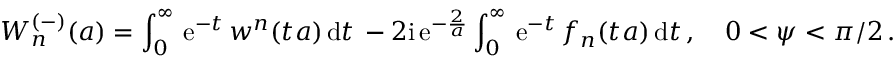
W _ { n } ^ { ( - ) } ( a ) = \int _ { 0 } ^ { \infty } \, \mathrm { e } ^ { - t } \, w ^ { n } ( t a ) \, \mathrm { d } t \, - { 2 \mathrm { i } } \, \mathrm { e } ^ { - { \frac { 2 } { a } } } \int _ { 0 } ^ { \infty } \, \mathrm { e } ^ { - t } \, f _ { n } ( t a ) \, \mathrm { d } t \, , \quad 0 < \psi < \pi / 2 \, .